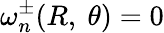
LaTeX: \omega_{n}^{\pm}(R,\ \theta)=0